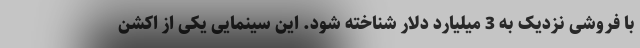
با فروشی نزدیک به 3 میلیارد دلار شناخته شود. این سینمایی یکی از اکشن